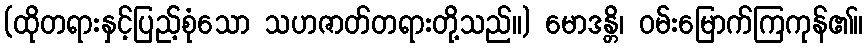
(ထိုတရားနှင့်ပြည့်စုံသော သဟဇာတ်တရားတို့သည်။) မောဒန္တိ၊ ဝမ်းမြောက်ကြကုန်၏။